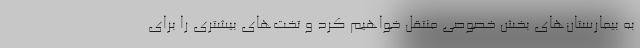
به بیمارستان‌های بخش خصوصی منتقل خواهیم کرد و تخت‌های بیشتری را برای